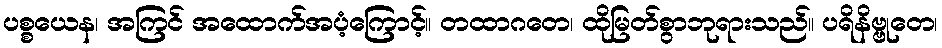
ပစ္စယေန၊ အကြင် အထောက်အပံ့ကြောင့်။ တထာဂတေ၊ ထိုမြတ်စွာဘုရားသည်။ ပရိနိဗ္ဗုတေ၊